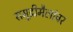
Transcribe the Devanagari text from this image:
समुद्रीमैलांवर